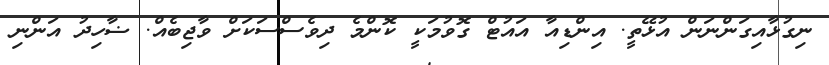
ނިގުޅާއިގަންނަން އުޅޭތީ. އިންޑިއާ އައުޓް ގޮވުމަކީ ކޮންމެ ދިވެސްސަކަށް ވާޖިބެއް. ޟާހިދު އަންނި